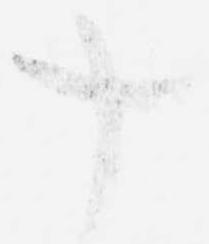
十